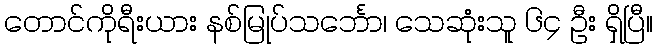
တောင်ကိုရီးယား နစ်မြုပ်သင်္ဘော၊ သေဆုံးသူ ၆၄ ဦး ရှိပြီ။